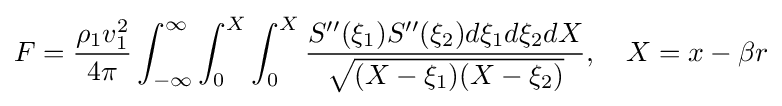
F={\frac {\rho _{1}v_{1}^{2}}{4\pi }}\int _{-\infty }^{\infty }\int _{0}^{X}\int _{0}^{X}{\frac {S''(\xi _{1})S''(\xi _{2})d\xi _{1}d\xi _{2}dX}{\sqrt {(X-\xi _{1})(X-\xi _{2})}}},\quad X=x-\beta r